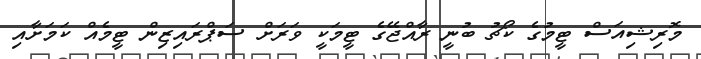
މޮރިޝިއަސް ޓީމުގެ ކޯޗު ބުނީ ރާއްޖޭގެ ޓީމަކީ ވަރަށް ސަޕްރައިޒިން ޓީމެއް ކަމަށާއި